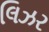
લિઝર